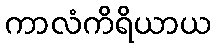
ကာလံကိရိယာယ